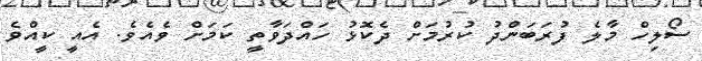
ސޯލިހް މާލެ ފުރަބަންދު ކުރުމަށް ދެކޮޅު ހައްދަވާތީ ކަމަށް ވެއެވެ. އެއީ ކީއްވެ